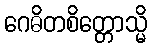
ဂေဓိတစိတ္တောသ္မိ